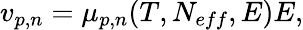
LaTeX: v_{p,n}=\mu_{p,n}(T,N_{eff},E)E,